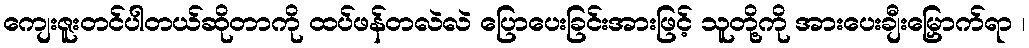
ကျေးဇူးတင်ပါတယ်ဆိုတာကို ထပ်ဖန်တလဲလဲ ပြောပေးခြင်းအားဖြင့် သူတို့ကို အားပေးချီးမြှောက်ရာ ၊